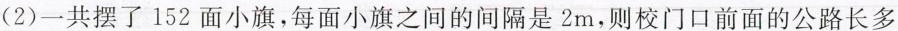
(2)一共摆了152面小旗，每面小旗之间的间隔是2m，则校门口前面的公路长多